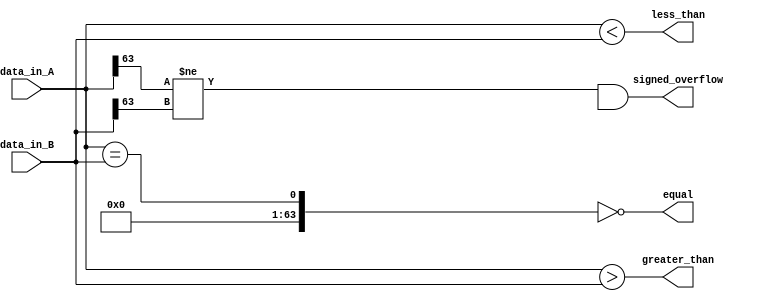
module comparator(
    input [63:0] data_in_A,
    input [63:0] data_in_B,
    output equal,
    output greater_than,
    output less_than,
    output signed_overflow
);

reg [63:0] bitwise_compare_result;
reg equal;
reg greater_than;
reg less_than;
reg signed_overflow;

// Bitwise comparison logic
assign bitwise_compare_result = data_in_A == data_in_B;

// Output signals
assign equal = (bitwise_compare_result == 64'h0);
assign greater_than = (data_in_A > data_in_B);
assign less_than = (data_in_A < data_in_B);
assign signed_overflow = (data_in_A[63] != data_in_B[63] && data_in_A[63] == greater_than[63]);

endmodule